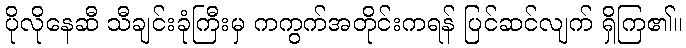
ပိုလိုနေဆီ သီချင်းခုံကြီးမှ ကကွက်အတိုင်းကရန် ပြင်ဆင်လျက် ရှိကြ၏။